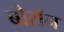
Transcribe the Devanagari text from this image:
बौरॉन